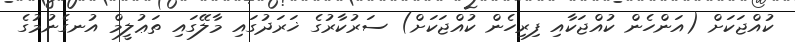
ކުއްޖަކަށް (އަންހެން ކުއްޖަކާއި ފިރިހެން ކުއްޖަކަށް) ސަރުކާރުގެ ޚަރަދުގައި މާލޭގައި ތަޢުލީމް އުނގެނުމުގެ